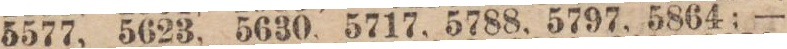
5577, 5623, 5630, 5717, 5788, 5797, 5864; —